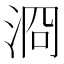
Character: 浻